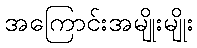
အကြောင်းအမျိုးမျိုး